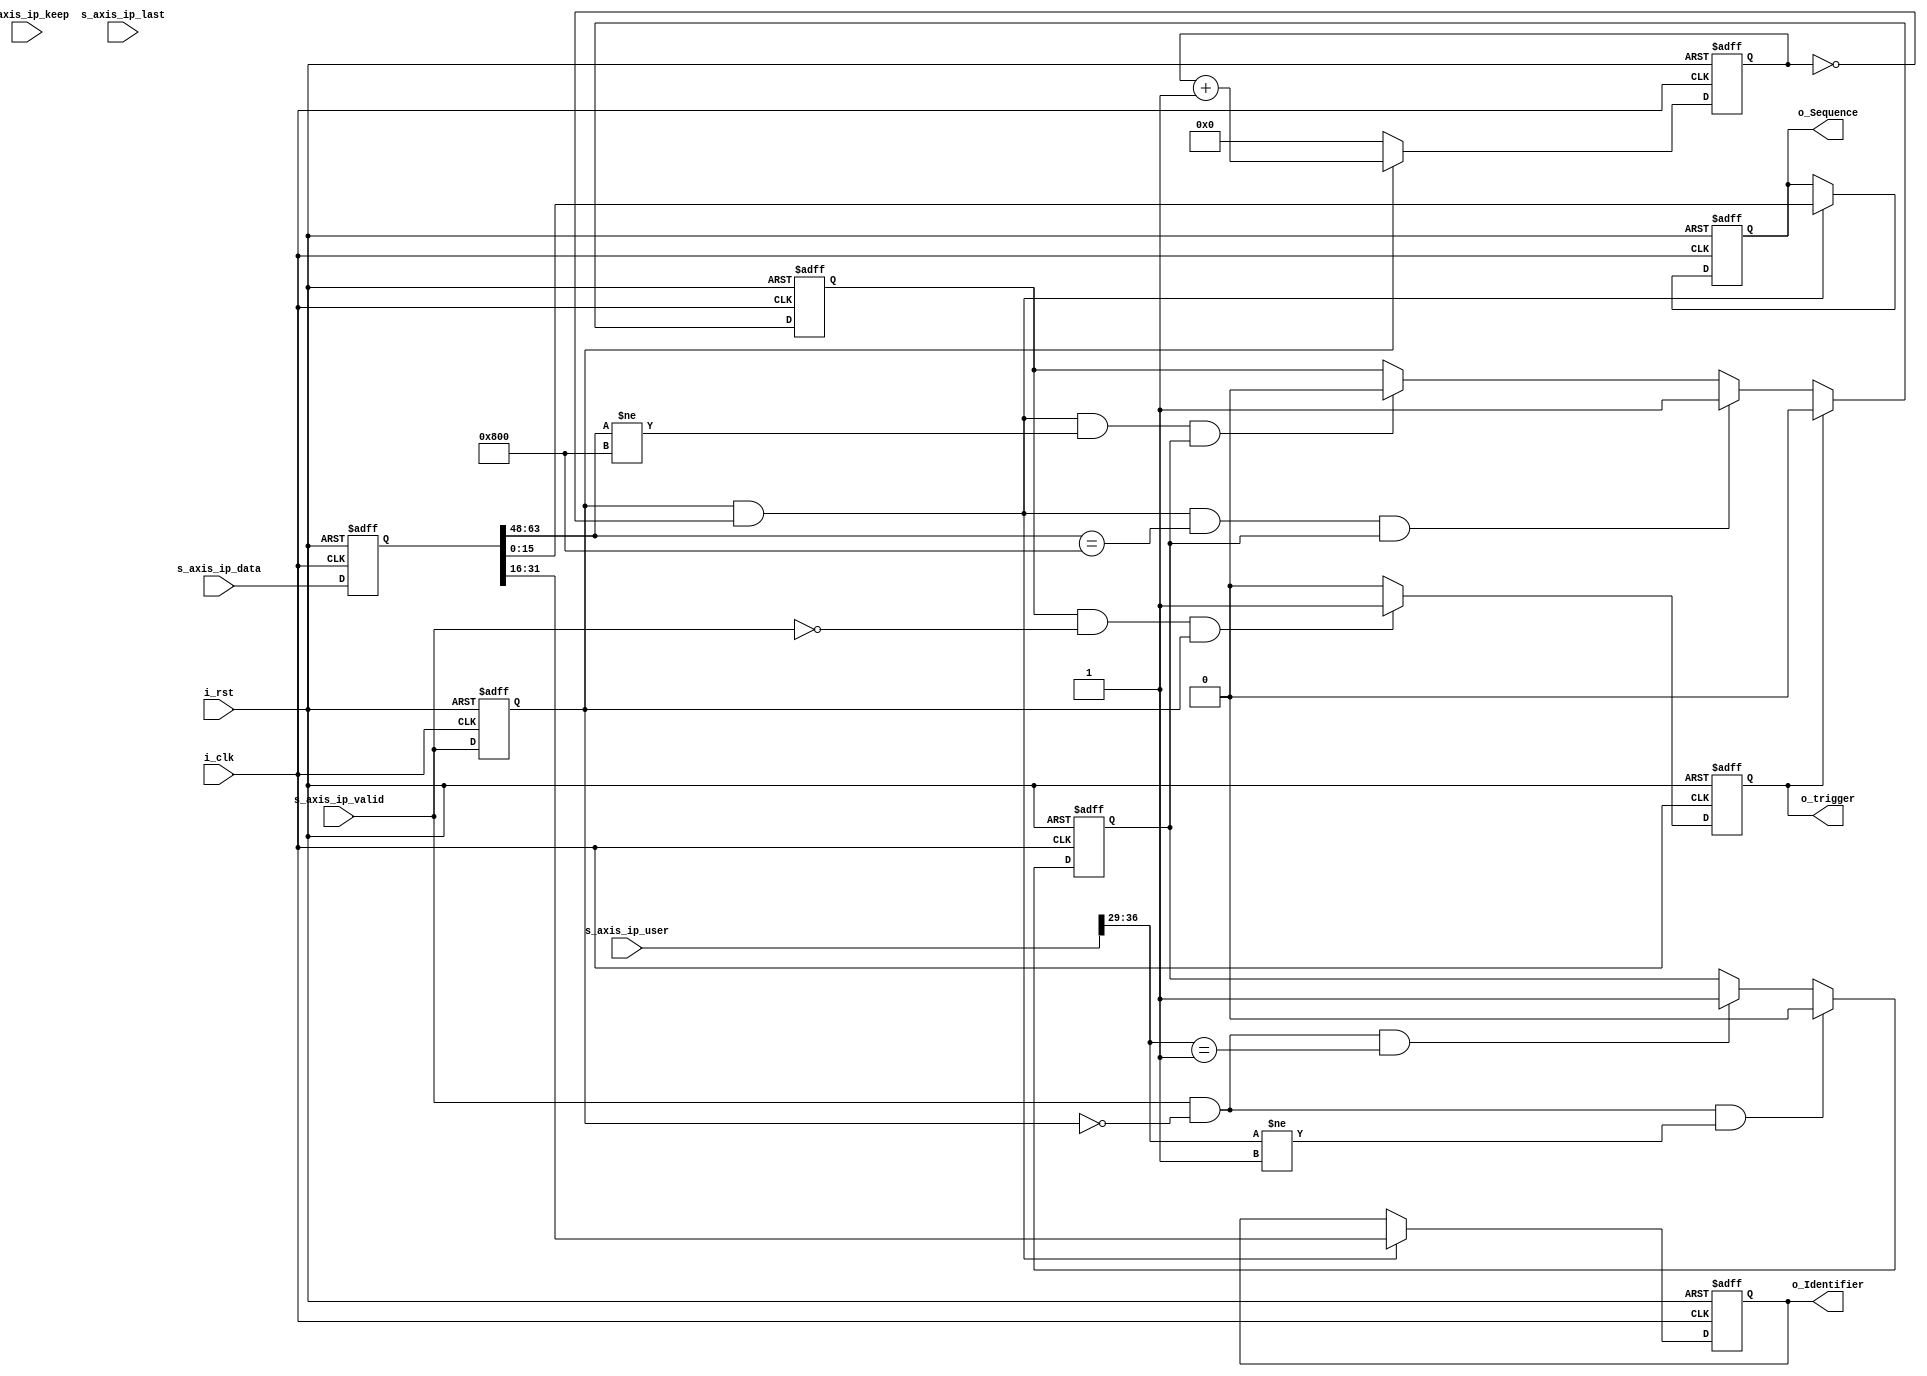
`timescale 1ns / 1ps
//////////////////////////////////////////////////////////////////////////////////
// Company: 
// Engineer: 
// 
// Design Name: 
// Module Name: ICMP_RX
// Project Name: 
// Target Devices: 
// Tool Versions: 
// Description: 
// 
// Dependencies: 
// 
// Revision:
// Revision 0.01 - File Created
// Additional Comments:
// 
//////////////////////////////////////////////////////////////////////////////////


module ICMP_RX(
    input           i_clk               ,
    input           i_rst               ,

    input  [63:0]   s_axis_ip_data      ,
    input  [55:0]   s_axis_ip_user      ,//{16'dlen,3'bflag,8'dtype,13'doffset,16'dID}
    input  [7 :0]   s_axis_ip_keep      ,
    input           s_axis_ip_last      ,
    input           s_axis_ip_valid     ,

    output [15:0]   o_Identifier        ,
    output [15:0]   o_Sequence          ,
    output          o_trigger           
);

reg  [63:0]         rs_axis_ip_data     ;
reg  [55:0]         rs_axis_ip_user     ;
reg  [7 :0]         rs_axis_ip_keep     ;
reg                 rs_axis_ip_last     ;
reg                 rs_axis_ip_valid    ;
reg  [15:0]         r_cnt               ;
reg                 r_request           ;
reg  [15:0]         ro_Identifier       ; 
reg  [15:0]         ro_Sequence         ; 
reg                 ro_trigger          ;
reg                 r_icmp_pkt_valid    ;

assign o_Identifier = ro_Identifier     ;
assign o_Sequence   = ro_Sequence       ;
assign o_trigger    = ro_trigger        ;

always@(posedge i_clk,posedge i_rst)
begin
    if(i_rst) begin
        rs_axis_ip_data  <= 'd0;
        rs_axis_ip_user  <= 'd0;
        rs_axis_ip_keep  <= 'd0;
        rs_axis_ip_last  <= 'd0;
        rs_axis_ip_valid <= 'd0;
    end else begin
        rs_axis_ip_data  <= s_axis_ip_data ;
        rs_axis_ip_user  <= s_axis_ip_user ;
        rs_axis_ip_keep  <= s_axis_ip_keep ;
        rs_axis_ip_last  <= s_axis_ip_last ;
        rs_axis_ip_valid <= s_axis_ip_valid;
    end    
end


always@(posedge i_clk,posedge i_rst)
begin
    if(i_rst)
        r_icmp_pkt_valid <= 'd0;
    else if(s_axis_ip_valid && !rs_axis_ip_valid && s_axis_ip_user[36:29] != 16'd1)
        r_icmp_pkt_valid <= 'd0;
    else if(s_axis_ip_valid && !rs_axis_ip_valid && s_axis_ip_user[36:29] == 16'd1)
        r_icmp_pkt_valid <= 'd1;
    else        
        r_icmp_pkt_valid <= r_icmp_pkt_valid;
end

always@(posedge i_clk,posedge i_rst)
begin
    if(i_rst)
        r_cnt <= 'd0;
    else if(rs_axis_ip_valid)
        r_cnt <= r_cnt + 1;
    else        
        r_cnt <= 'd0;
end

always@(posedge i_clk,posedge i_rst)
begin
    if(i_rst)
        r_request <= 'd0;
    else if(ro_trigger)
        r_request <= 'd0;
    else if(rs_axis_ip_valid && r_cnt == 0 && rs_axis_ip_data[63:48] == 16'h0800 && r_icmp_pkt_valid)
        r_request <= 'd1;
    else if(rs_axis_ip_valid && r_cnt == 0 && rs_axis_ip_data[63:48] != 16'h0800 && r_icmp_pkt_valid)
        r_request <= 'd0;
    else 
        r_request <= r_request;
end

always@(posedge i_clk,posedge i_rst)
begin
    if(i_rst)
        ro_Identifier <= 'd0;
    else if(rs_axis_ip_valid && r_cnt == 0)
        ro_Identifier <= rs_axis_ip_data[31:16];
    else 
        ro_Identifier <= ro_Identifier;
end

always@(posedge i_clk,posedge i_rst)
begin
    if(i_rst)
        ro_Sequence <= 'd0;
    else if(rs_axis_ip_valid && r_cnt == 0)
        ro_Sequence <= rs_axis_ip_data[15:0];
    else 
        ro_Sequence <= ro_Sequence;
end

always@(posedge i_clk,posedge i_rst)
begin
    if(i_rst)
        ro_trigger <= 'd0;
    else if(r_request && !s_axis_ip_valid && rs_axis_ip_valid)
        ro_trigger <= 'd1;
    else 
        ro_trigger <= 'd0;
end

endmodule